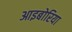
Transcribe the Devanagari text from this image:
आइबोरिया